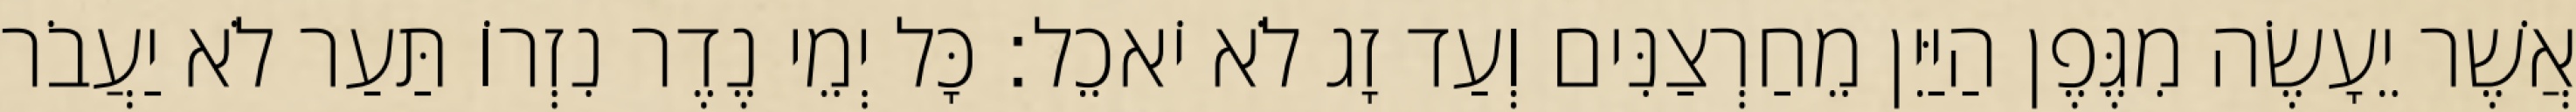
אֲשֶׁר יֵעָשֶׂה מִגֶּפֶן הַיַּיִן מֵחַרְצַנִּים וְעַד זָג לֹא יֹאכֵל׃ כָּל יְמֵי נֶדֶר נִזְרוֹ תַּעַר לֹא יַעֲבֹר